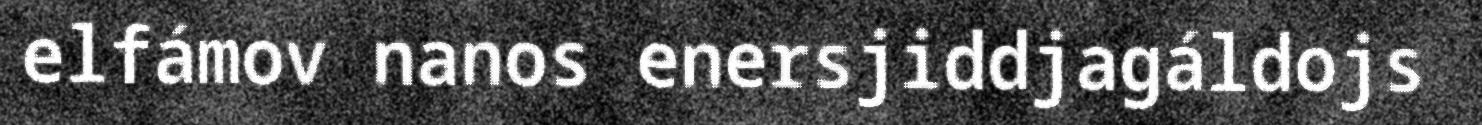
elfámov nanos enersjiddjagáldojs